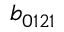
b _ { 0 1 2 1 }